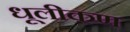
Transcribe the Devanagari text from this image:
धूलीकण